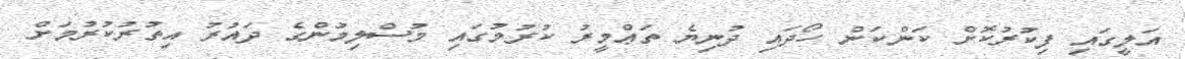
އަލީގައި ފިކުރުކޮށް ކަންކަން ހޯދައި ދުނިޔެ ތަޢްމީރު ކުރުމުގައި މުސްލިމުންގެ ދައުރު އިތުރުކުރުމަށް